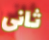
ثانى